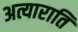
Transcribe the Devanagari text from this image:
अत्याराति